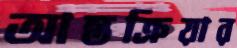
আন্তক্রিয়ার